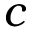
c